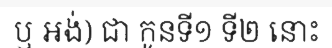
ឬ អង់) ជា កូនទី១ ទី២ នោះ